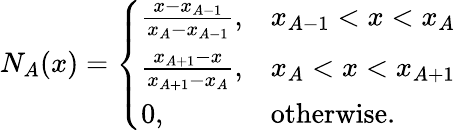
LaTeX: N_{A}(x)=\left\{ \begin{array}{ll}{\frac{x-x_{A-1}}{x_{A}-x_{A-1}},}&{x_{A-1}<x<x_{A}}\\ {\frac{x_{A+1}-x}{x_{A+1}-x_{A}},}&{x_{A}<x<x_{A+1}}\\ {0,}&{\mathrm{otherwise}.}\end{array}\right.